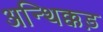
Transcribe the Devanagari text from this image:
अन्थिक्कड़